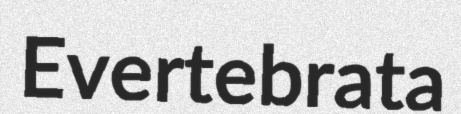
Evertebrata